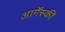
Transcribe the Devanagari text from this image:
आर्गेंस्की